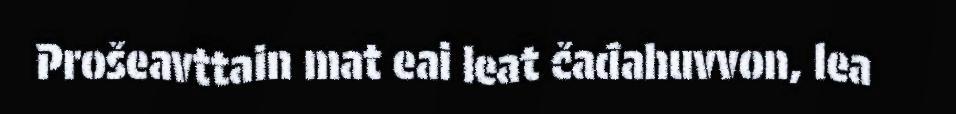
Prošeavttain mat eai leat čađahuvvon, lea